Document type: Inventory
Year: 1295
Scribe: Pere Marc
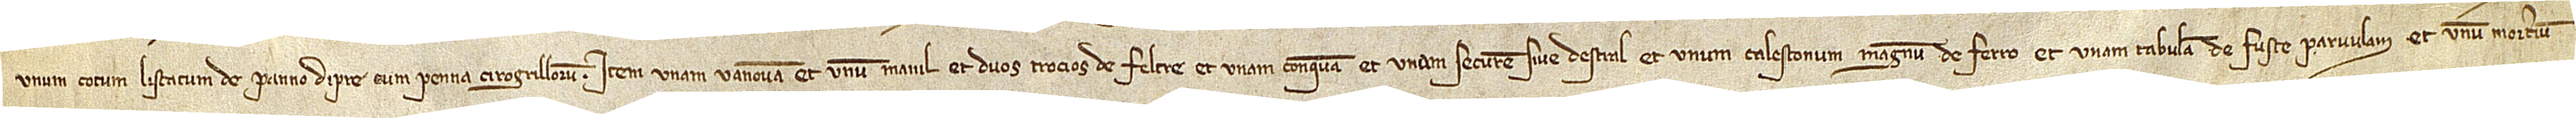
/ unum cotum listatum de panno d’Ipre cum penna cirogrillorum; item, unam vanovam, et unum manil, et duos trocios de feltre, et unam conquam, et unam securem sive destral, et unum calestonum magnum de ferro, et unam tabulam de fuste parvulam, et unum morterium